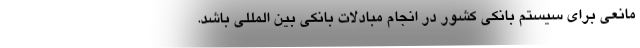
مانعی برای سیستم بانکی کشور در انجام مبادلات بانکی بین المللی باشد.